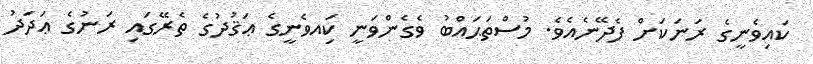
ކައިވެނީގެ ރަނަކަށް ފެދޭނެއެވެ. މުސްތަޙައްބު ވެގެންވަނީ ކަިއވެނީގެ ޢަޤުދުގެ ތެރޭގައި ރަނުގެ ޢަދަދު